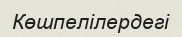
Көшпелілердегі